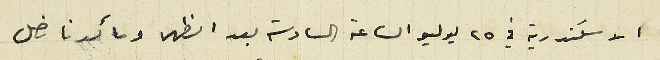
الاسكندرية في ٢٥ يوليو الساعة السادسة بعد الظهر وما كدنا نصل